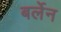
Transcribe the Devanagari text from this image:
बर्लेन